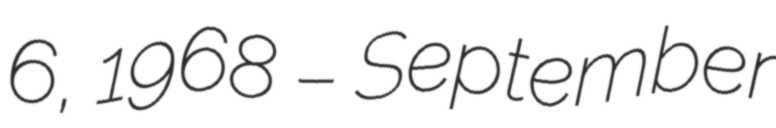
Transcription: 6, 1968 – September